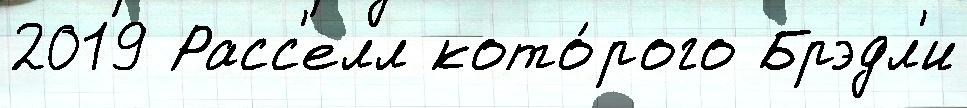
2019 Расс'елл кото́рого Брэдл'и